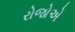
રોજોએ